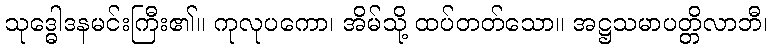
သုဒ္ဓေါဒနမင်းကြီး၏။ ကုလုပကော၊ အိမ်သို့ ထပ်တတ်သော။ အဋ္ဌသမာပတ္တိလာဘီ၊